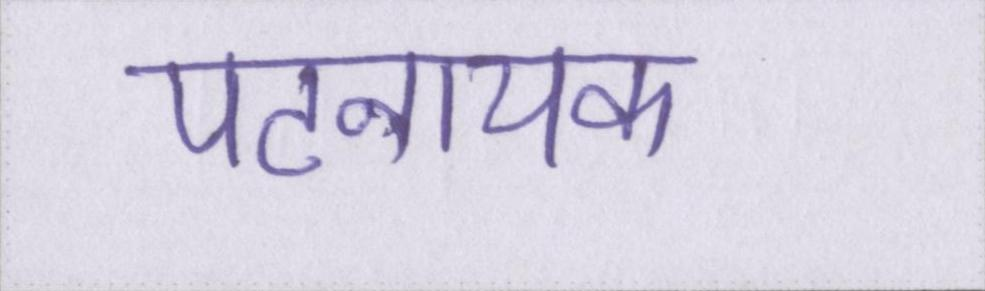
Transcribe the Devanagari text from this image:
पटनायक